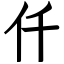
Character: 仟